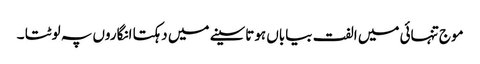
موج تنہائی میں الفت بیاباں ہوتاسینے میں دہکتا انگاروں پہ لوٹتا ۔